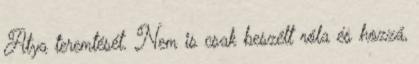
Atya teremtését. Nem is csak beszélt róla és hozzá,